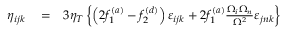
\begin{array} { r l r } { \eta _ { i j k } } & { { } = } & { 3 \eta _ { T } \left\{ \left( 2 f _ { 1 } ^ { ( a ) } - f _ { 2 } ^ { ( d ) } \right) \varepsilon _ { i j k } + 2 f _ { 1 } ^ { ( a ) } \frac { \Omega _ { i } \Omega _ { n } } { \Omega ^ { 2 } } \varepsilon _ { j n k } \right\} } \end{array}